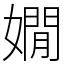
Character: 嫺